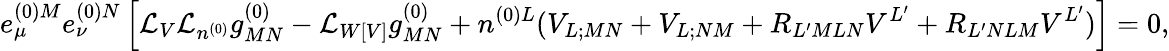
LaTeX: e_{\mu}^{(0)M}e_{\nu}^{(0)N}\left[{\cal L}_{V}{\cal L}_{n^{(0)}}g_{MN}^{(0)}-{\cal L}_{W[V]}g_{MN}^{(0)}+n^{(0)L}(V_{L;MN}+V_{L;NM}+R_{L^{\prime}MLN}V^{L^{\prime}}+R_{L^{\prime}NLM}V^{L^{\prime}})\right]=0,